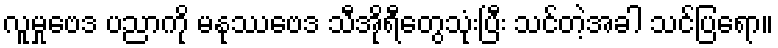
လူမှုဗေဒ ပညာကို မနုဿဗေဒ သီအိုရီတွေသုံးပြီး သင်တဲ့အခါ သင်ပြရော။